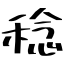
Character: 稔